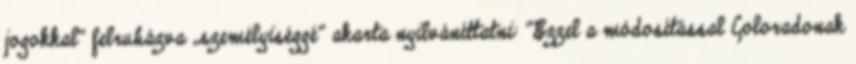
jogokkal” felruházva „személyiséggé” akarta nyilváníttatni: “Ezzel a módosítással Coloradonak